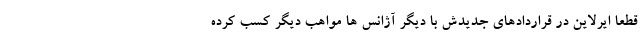
قطعا ایرلاین در قراردادهای جدیدش با دیگر آژانس ها مواهب دیگر کسب کرده